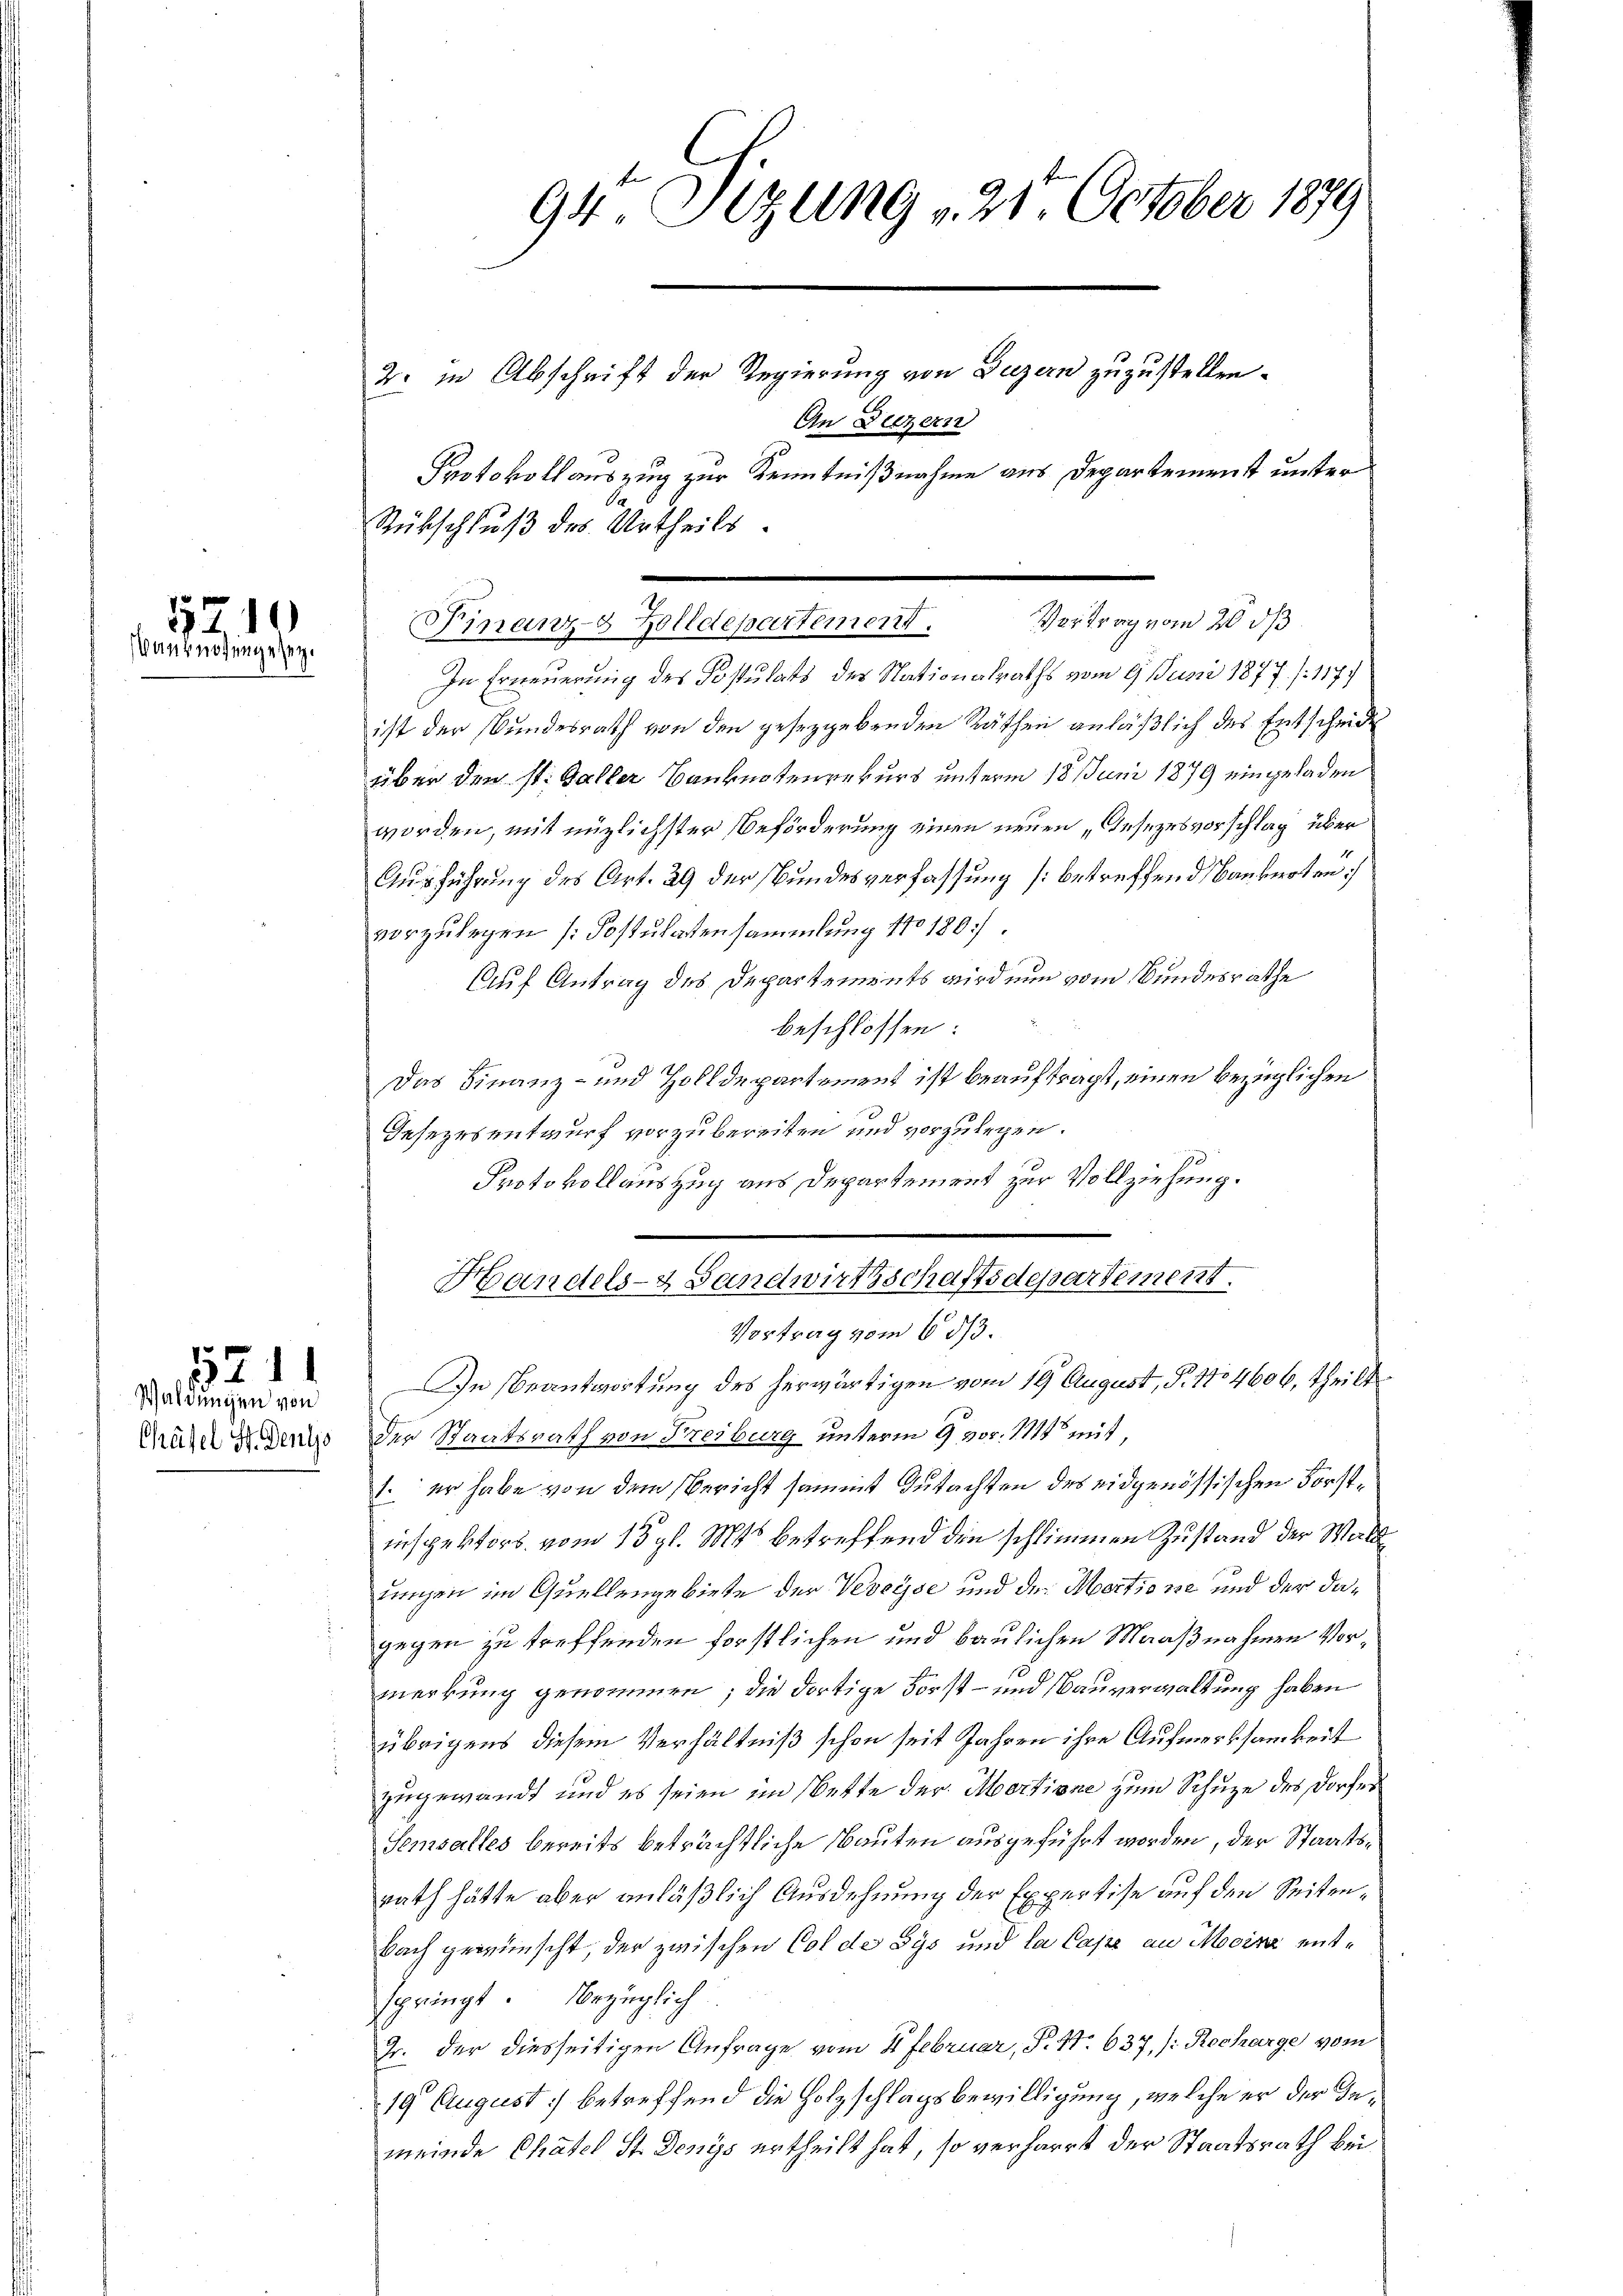
5210
anknotenge sey.

Waldungen von
Chäfel, St. Dentjo

5211

94 Sizung 24. October 1879
2. in Abschrift der Regierung von Luzern zuzustellen.
An Deczern
Protokollauszug zur Kenntnißnahme aus Departemenst unter
Se
Rübschluß des Urtheils.

In Erneuerung des Postulats des Nationalraths vom 9. Juni 1877. 117.
ist der Bundesrath von den gesezgebenden Räthen anläßlich des Entscheide
über den St. Galler Banknotenrekurs unterm 18. Juni 1879 eingeladen
worden, mit möglichster Beförderung einen neuen „Gesezesvorschlag über
Ausführung des Art. 29 der Bundesverfassung (betreffend Banknoten
vorzulegen [Postulatensammlung No 180
Auf Antrag des Departements wird nun vom Bundesrathe
beschlossen:
Das Finanz- und Holldepartement ist beauftragt, einen bezüglichen
Gesezesentwurf vorzubereiten und vorzulegen.
Protokollauszug aus Departement zur Vollziehung.
Vortrag vom 6. ds.
In Beantwortung des herwärtigen vom 19 August, S. 1704606, theilt
Der Staatsrath von Freiburg unterm 9 vor. 111 mit,
1. er habe von dem Bericht sammt Gutachten des eidgenössischen Forstinspektors vom 15. gl. Mts. betreffend die schlimmen Zustand der Wall
uungen im Quellengebiete der Veveysse und der Mortionie und der dagegen zu treffenden forstlichen und baulichen Maaßnahmen Vormerkung genommen; die dortige Forst- und Bauverwaltung haben
übrigens diesem Verhältniß schon seit Jahren ihre Aufmerksamkeit
zugewandt und es seien im Wette der Mertione zum Schuze des Dorfes
Semsalles bereits beträchtliche Bauten ausgeführt worden, der Staatsrath hätte aber anläßlich Ausdehnung der Expertise auf den Seitenbach gewünscht, der zwischen Colde Sys und la Cape an Mocinz entspringt. bezüglich
Dr. der diesseitigen Anfrage vom 4. Februar, S. 47. 637, /: Rocharge vom
19 August) betreffend die Holzschlagsbewilligung, welche er der Inmeinde Chatel St. Denys ertheilt hat, so verharrt der Staatsrath bei

Handels- & Landwirtschaftsdepartement.

Vertrag vom 20. ds.
Finanz- Zolldepartement.